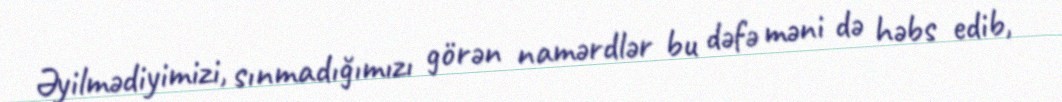
Əyilmədiyimizi, sınmadığımızı görən namərdlər bu dəfə məni də həbs edib,